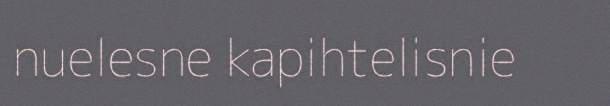
nuelesne kapihtelisnie